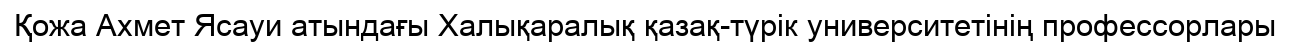
Қожа Ахмет Ясауи атындағы Халықаралық қазақ-түрік университетінің профессорлары